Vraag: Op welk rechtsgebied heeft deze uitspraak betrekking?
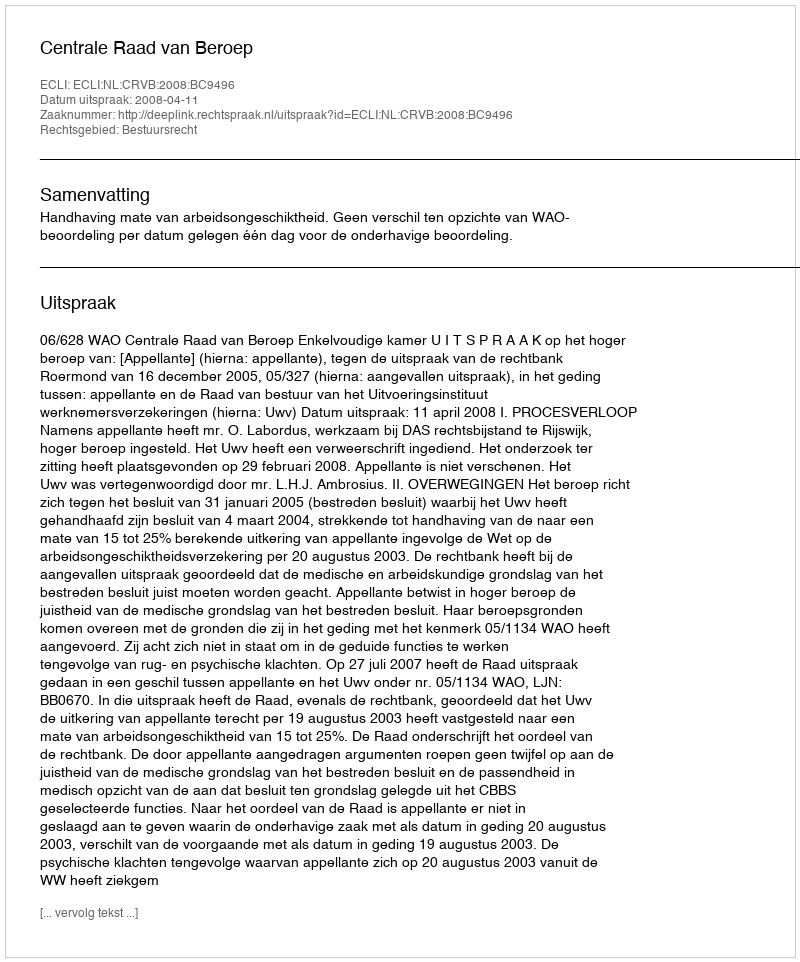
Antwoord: Bestuursrecht